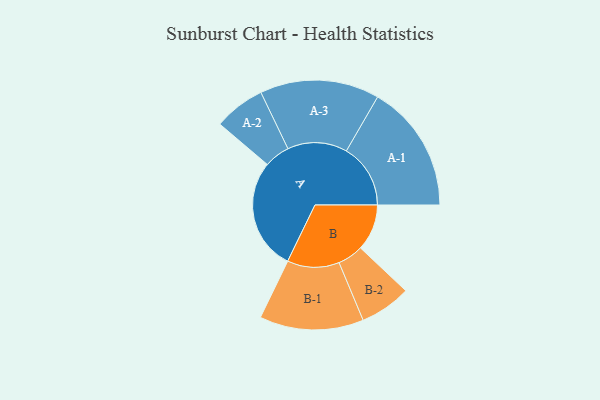
{"axis": {"x": "Segment", "y": "Value"}, "legend": ["", "A", "B"], "data": [{"x": "A", "y": 453, "type": ""}, {"x": "B", "y": 188, "type": ""}, {"x": "A-1", "y": 260, "type": "A"}, {"x": "A-2", "y": 104, "type": "A"}, {"x": "A-3", "y": 242, "type": "A"}, {"x": "B-1", "y": 211, "type": "B"}, {"x": "B-2", "y": 104, "type": "B"}]}